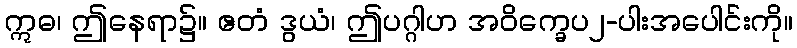
ဣဓ၊ ဤနေရာ၌။ ဧတံ ဒွယံ၊ ဤပဂ္ဂါဟ အဝိက္ခေပ၂-ပါးအပေါင်းကို။